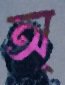
অ্